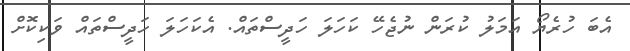
އެބަ ހުރެޔޯ އަމަލު ކުރަން ނުޖެހޭ ކަހަލަ ހަދީސްތައް. އެކަހަލަ ހަދީސްތައް ވަކިކޮށް